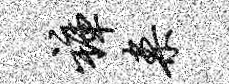
裤案